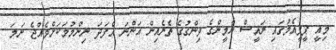
މިއީ ޕީޕީއެމުގައި ރައީސް ޔާމީންގެ ވިންގުގެ ތެރެއިން އަންނަ އެފަދަ ނިންމުމަކަށްވެއްޖެ ނަމަ